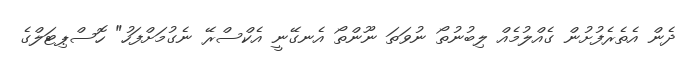
ދެން އެތެރެފުށުން ގެއްލުމެއް ލިބުނުތޯ ނުވަތަ ނޫންތޯ އެނގޭނީ އެކްސްރޭ ނެގުމަށްފަހު" ހޮސްޕިޓަލްގެ